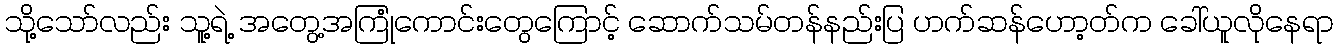
သို့သော်လည်း သူ့ရဲ့ အတွေ့အကြုံကောင်းတွေကြောင့် ဆောက်သမ်တန်နည်းပြ ဟက်ဆန်ဟော့တ်က ခေါ်ယူလိုနေရာ